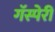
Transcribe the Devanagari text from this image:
गॅस्पेरी